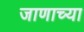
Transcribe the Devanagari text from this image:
जाणाच्या